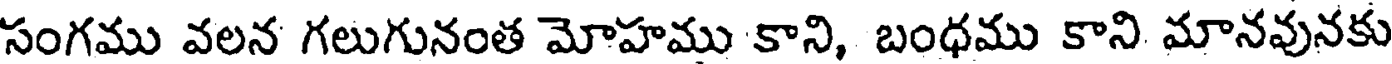
సంగము వలన గలుగునంత మోహము కాని, బంధము కాని మానవునకు